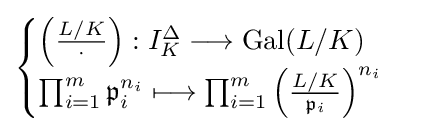
{\begin{cases}\left({\frac {L/K}{\cdot }}\right):I_{K}^{\Delta }\longrightarrow \operatorname {Gal} (L/K)\\\prod _{i=1}^{m}{\mathfrak {p}}_{i}^{n_{i}}\longmapsto \prod _{i=1}^{m}\left({\frac {L/K}{{\mathfrak {p}}_{i}}}\right)^{n_{i}}\end{cases}}